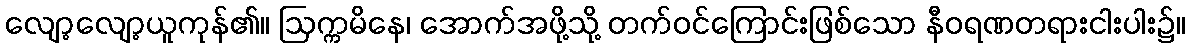
လျော့လျော့ယူကုန်၏။ ဩက္ကမိနေ၊ အောက်အဖို့သို့ တက်ဝင်ကြောင်းဖြစ်သော နီဝရဏတရားငါးပါး၌။